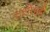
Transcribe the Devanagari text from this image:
राशीगृही